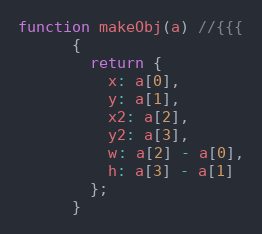
Language: JavaScript
function makeObj(a) //{{{
      {
        return {
          x: a[0],
          y: a[1],
          x2: a[2],
          y2: a[3],
          w: a[2] - a[0],
          h: a[3] - a[1]
        };
      }